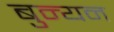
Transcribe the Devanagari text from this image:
बुन्यन